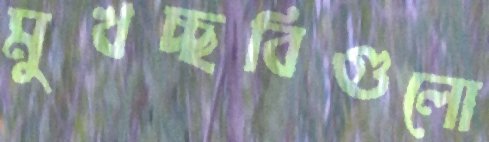
মুখচ্ছবিগুলো